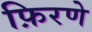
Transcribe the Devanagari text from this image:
फ़िरणे